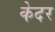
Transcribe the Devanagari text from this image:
केदर